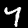
Label: 7